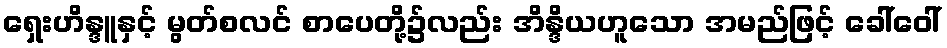
ရှေးဟိန္ဒူနှင့် မွတ်စလင် စာပေတို့၌လည်း အိန္ဒိယဟူသော အမည်ဖြင့် ခေါ်ဝေါ်